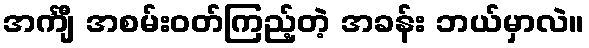
အင်္ကျီ အစမ်းဝတ်ကြည့်တဲ့ အခန်း ဘယ်မှာလဲ။